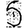
Digit: 5